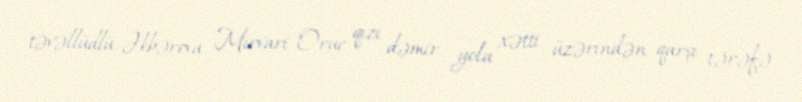
təvəllüdlü Əkbərova Mirvari Oruc qızı dəmir yolu xətti üzərindən qarşı tərəfə